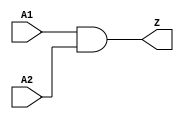
// Company           :   RacyICs                      
//                                
// Project Name      :   p_ri    
// Subproject Name   :   s_common    
// Description       :   common and2 cell          
//
// Last Change       :   $Date$
// by                :   $Author$                              
// -----------------------------------------------------------------------------
// Version   |  Author    |  Date         |  Comment
// -----------------------------------------------------------------------------
// 1.0       |  rudolph   | 9 Juli 2013   |  initial release
// -----------------------------------------------------------------------------
module common_and2 (   A1,
					   A2,
					   Z
					   );
   
   // synopsys translate_off
   parameter C_DELAY = 0.0;
   // synopsys translate_on

  input A1;
  input A2;
  output Z;
  
  
  // synopsys translate_off
  generate
	if (C_DELAY > 0) begin: DELAY
	  assign #C_DELAY Z = A1&A2;
	end
	else begin: NO_DELAY
  // synopsys translate_on
	  assign Z = A1&A2;
  // synopsys translate_off
    end
  endgenerate
  // synopsys translate_on
	  
endmodule